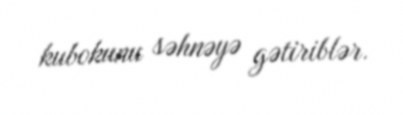
kubokunu səhnəyə gətiriblər.